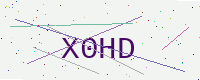
Text: X0HD